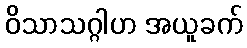
ဝိသာသဂ္ဂါဟ အယူခက်